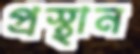
প্রস্থান